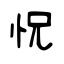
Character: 怳